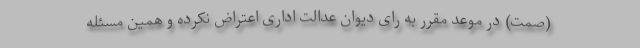
(صمت) در موعد مقرر به رای دیوان عدالت اداری اعتراض نکرده و همین مسئله